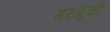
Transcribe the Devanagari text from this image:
गरजूंची